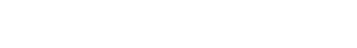
ဒါက ကျွန်တော်တို့ ကမ္ဘာဂြိုလ်ကြီးကို လွမ်းခြုံနိုင်ဖို့ပါပဲ။